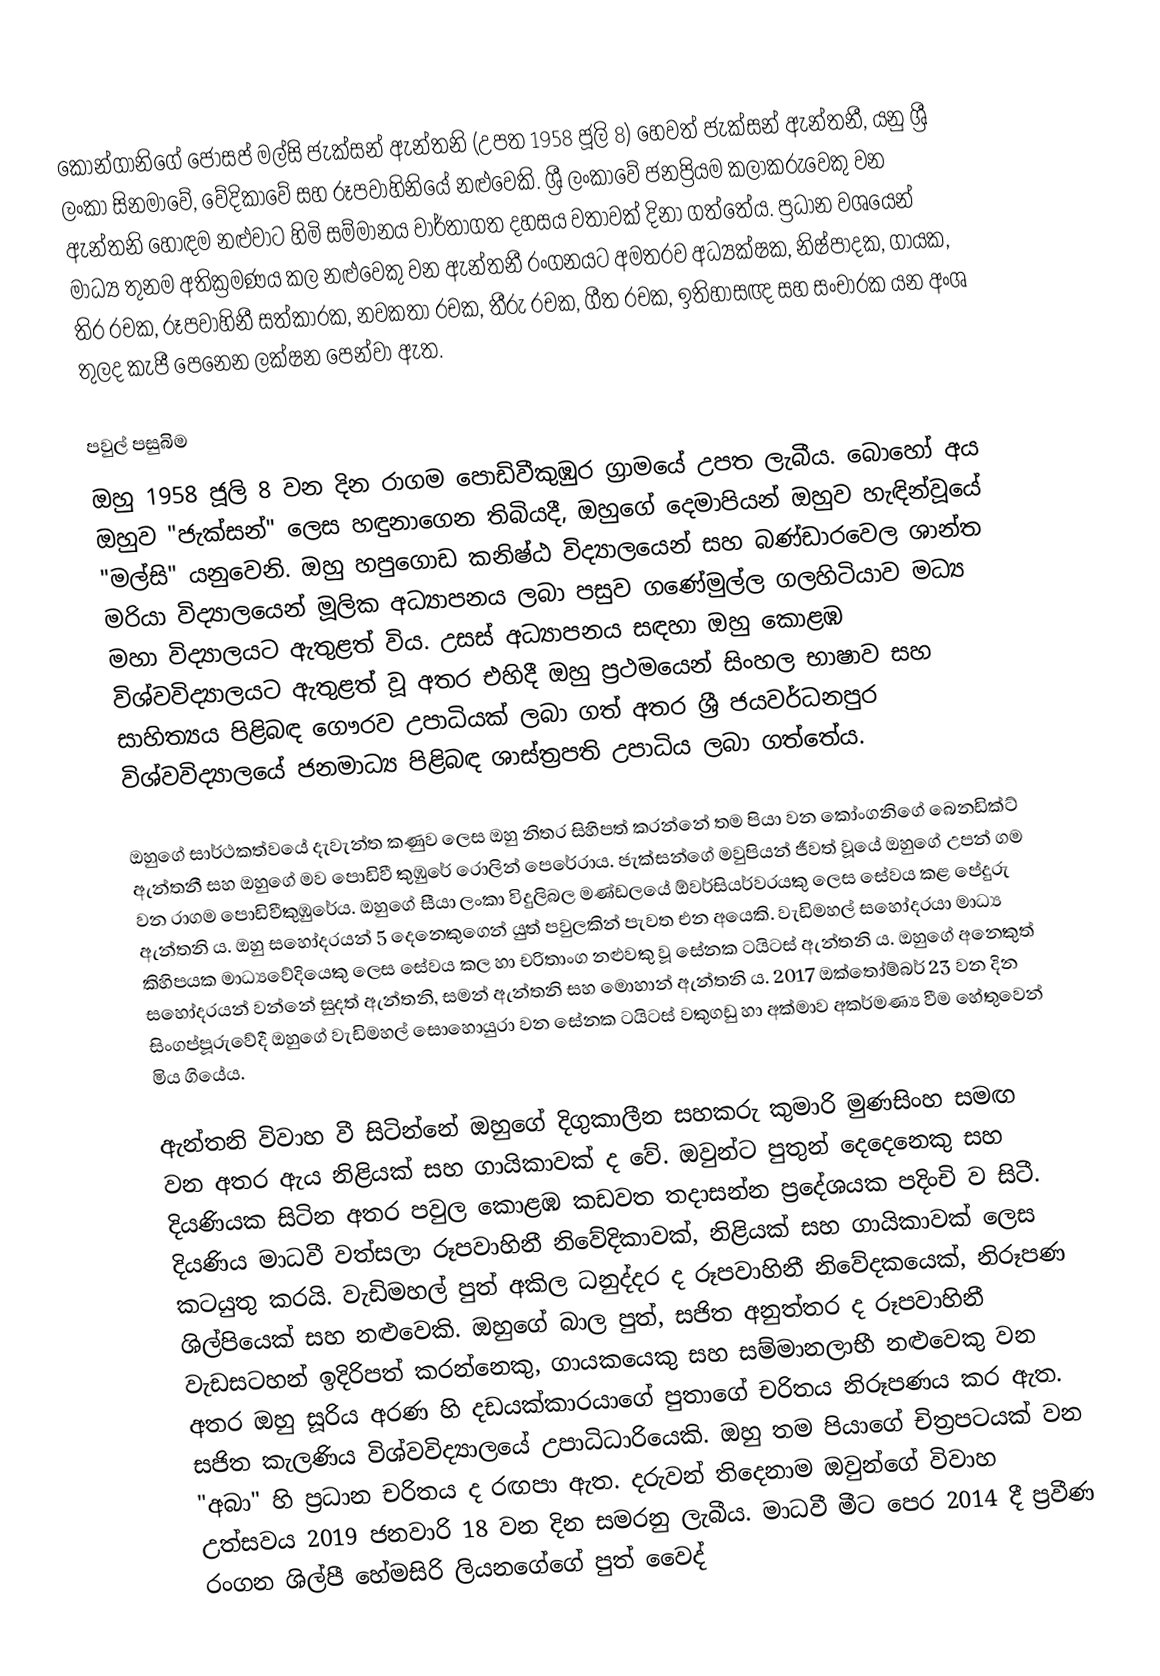
කොන්ගානිගේ ජෝසප් මල්සි ජැක්සන් ඇන්තනි (උපත 1958 ජූලි 8) හෙවත් ජැක්සන් ඇන්තනී, යනු ශ්‍රී ලංකා සිනමාවේ, වේදිකාවේ සහ රූපවාහිනියේ නළුවෙකි. ශ්‍රී ලංකාවේ ජනප්‍රියම කලාකරුවෙකු වන ඇන්තනි හොඳම නළුවාට හිමි සම්මානය වාර්තාගත දහසය වතාවක් දිනා ගත්තේය. ප්‍රධාන වශයෙන් මාධ්‍ය තුනම අතික්‍රමණය කල නළුවෙකු වන ඇන්තනී රංගනයට අමතරව අධ්‍යක්ෂක, නිෂ්පාදක, ගායක, තිර රචක, රූපවාහිනී සත්කාරක, නවකතා රචක, තීරු රචක, ගීත රචක, ඉතිහාසඥ සහ සංචාරක යන අංශ තුලද කැපී පෙනෙන ලක්ෂන පෙන්වා ඇත.

පවුල් පසුබිම
ඔහු 1958 ජූලි 8 වන දින රාගම පොඩිවීකුඹුර ග්‍රාමයේ උපත ලැබීය. බොහෝ අය ඔහුව "ජැක්සන්" ලෙස හඳුනාගෙන තිබියදී, ඔහුගේ දෙමාපියන් ඔහුව හැඳින්වූයේ "මල්සි" යනුවෙනි. ඔහු හපුගොඩ කනිෂ්ඨ විද්‍යාලයෙන් සහ බණ්ඩාරවෙල ශාන්ත මරියා විද්‍යාලයෙන් මූලික අධ්‍යාපනය ලබා පසුව ගණේමුල්ල ගලහිටියාව මධ්‍ය මහා විද්‍යාලයට ඇතුළත් විය. උසස් අධ්‍යාපනය සඳහා ඔහු කොළඹ විශ්වවිද්‍යාලයට ඇතුළත් වූ අතර එහිදී ඔහු ප්‍රථමයෙන් සිංහල භාෂාව සහ සාහිත්‍යය පිළිබඳ ගෞරව උපාධියක් ලබා ගත් අතර ශ්‍රී ජයවර්ධනපුර විශ්වවිද්‍යාලයේ ජනමාධ්‍ය පිළිබඳ ශාස්ත්‍රපති උපාධිය ලබා ගත්තේය.

ඔහුගේ සාර්ථකත්වයේ දැවැන්ත කණුව ලෙස ඔහු නිතර සිහිපත් කරන්නේ තම පියා වන කෝංගනිගේ බෙනඩික්ට් ඇන්තනී සහ ඔහුගේ මව පොඩිවී කුඹුරේ රොලින් පෙරේරාය. ජැක්සන්ගේ මවුපියන් ජීවත් වූයේ ඔහුගේ උපන් ගම වන රාගම පොඩිවීකුඹුරේය. ඔහුගේ සීයා ලංකා විදුලිබල මණ්ඩලයේ ඕවර්සියර්වරයකු ලෙස සේවය කළ පේදුරු ඇන්තනි ය. ඔහු සහෝදරයන් 5 දෙනෙකුගෙන් යුත් පවුලකින් පැවත එන අයෙකි. වැඩිමහල් සහෝදරයා මාධ්‍ය කිහිපයක මාධ්‍යවේදියෙකු ලෙස සේවය කල හා චරිතාංග නළුවකු වූ සේනක ටයිටස් ඇන්තනි ය. ඔහුගේ අනෙකුත් සහෝදරයන් වන්නේ සුදත් ඇන්තනි, සමන් ඇන්තනි සහ මොහාන් ඇන්තනි ය. 2017 ඔක්තෝම්බර් 23 වන දින සිංගප්පූරුවේදී ඔහුගේ වැඩිමහල් සොහොයුරා වන සේනක ටයිටස් වකුගඩු හා අක්මාව අකර්මණ්‍ය වීම හේතුවෙන් මිය ගියේය.

ඇන්තනි විවාහ වී සිටින්නේ ඔහුගේ දිගුකාලීන සහකරු කුමාරි මුණසිංහ සමඟ වන අතර ඇය නිළියක් සහ ගායිකාවක් ද වේ. ඔවුන්ට පුතුන් දෙදෙනෙකු සහ දියණියක සිටින අතර පවුල කොළඹ කඩවත තදාසන්න ප්‍රදේශයක පදිංචි ව සිටී. දියණිය මාධවී වත්සලා රූපවාහිනී නිවේදිකාවක්, නිළියක් සහ ගායිකාවක් ලෙස කටයුතු කරයි. වැඩිමහල් පුත් අකිල ධනුද්දර ද රූපවාහිනී නිවේදකයෙක්, නිරූපණ ශිල්පියෙක් සහ නළුවෙකි. ඔහුගේ බාල පුත්, සජිත අනුත්තර ද රූපවාහිනී වැඩසටහන් ඉදිරිපත් කරන්නෙකු, ගායකයෙකු සහ සම්මානලාභී නළුවෙකු වන අතර ඔහු සූරිය අරණ හි දඩයක්කාරයාගේ පුතාගේ චරිතය නිරූපණය කර ඇත. සජිත කැලණිය විශ්වවිද්‍යාලයේ උපාධිධාරියෙකි. ඔහු තම පියාගේ චිත්‍රපටයක් වන "අබා" හි ප්‍රධාන චරිතය ද රඟපා ඇත. දරුවන් තිදෙනාම ඔවුන්ගේ විවාහ උත්සවය 2019 ජනවාරි 18 වන දින සමරනු ලැබීය. මාධවී මීට පෙර 2014 දී ප්‍රවීණ රංගන ශිල්පී හේමසිරි ලියනගේගේ පුත් වෛද්